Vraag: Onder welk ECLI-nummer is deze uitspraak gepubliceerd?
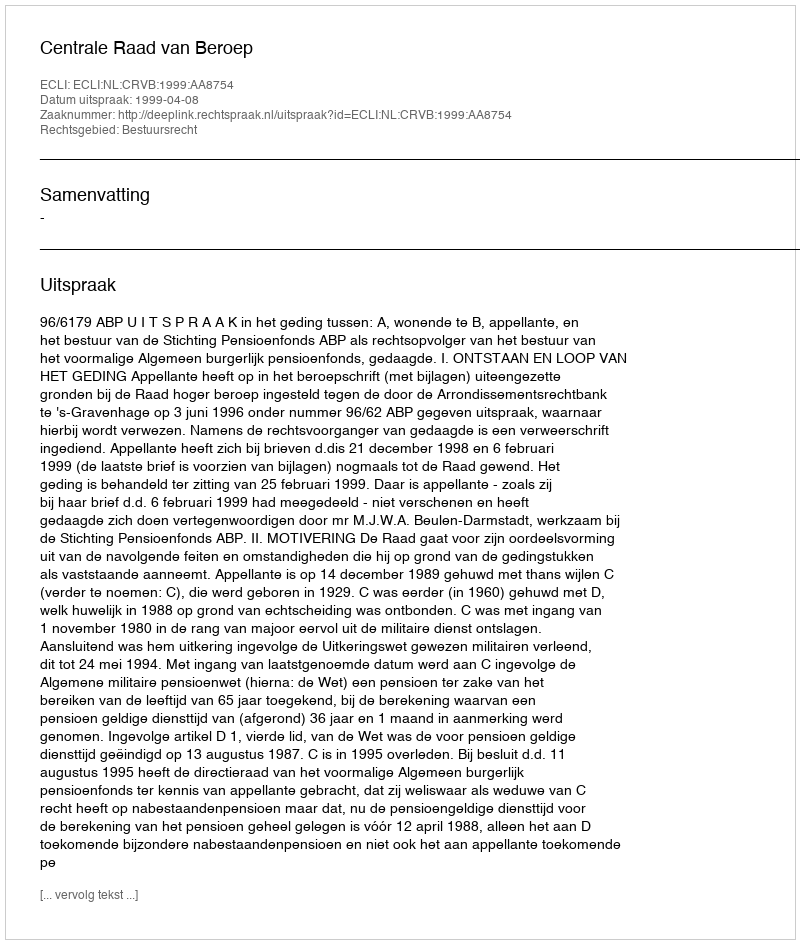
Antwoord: ECLI:NL:CRVB:1999:AA8754